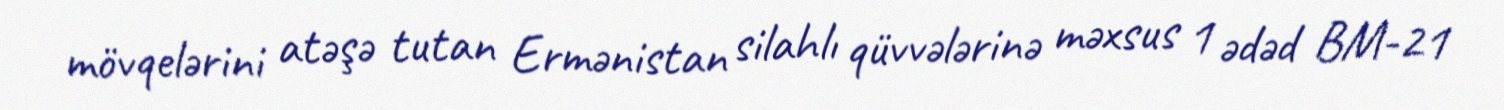
mövqelərini atəşə tutan Ermənistan silahlı qüvvələrinə məxsus 1 ədəd BM-21